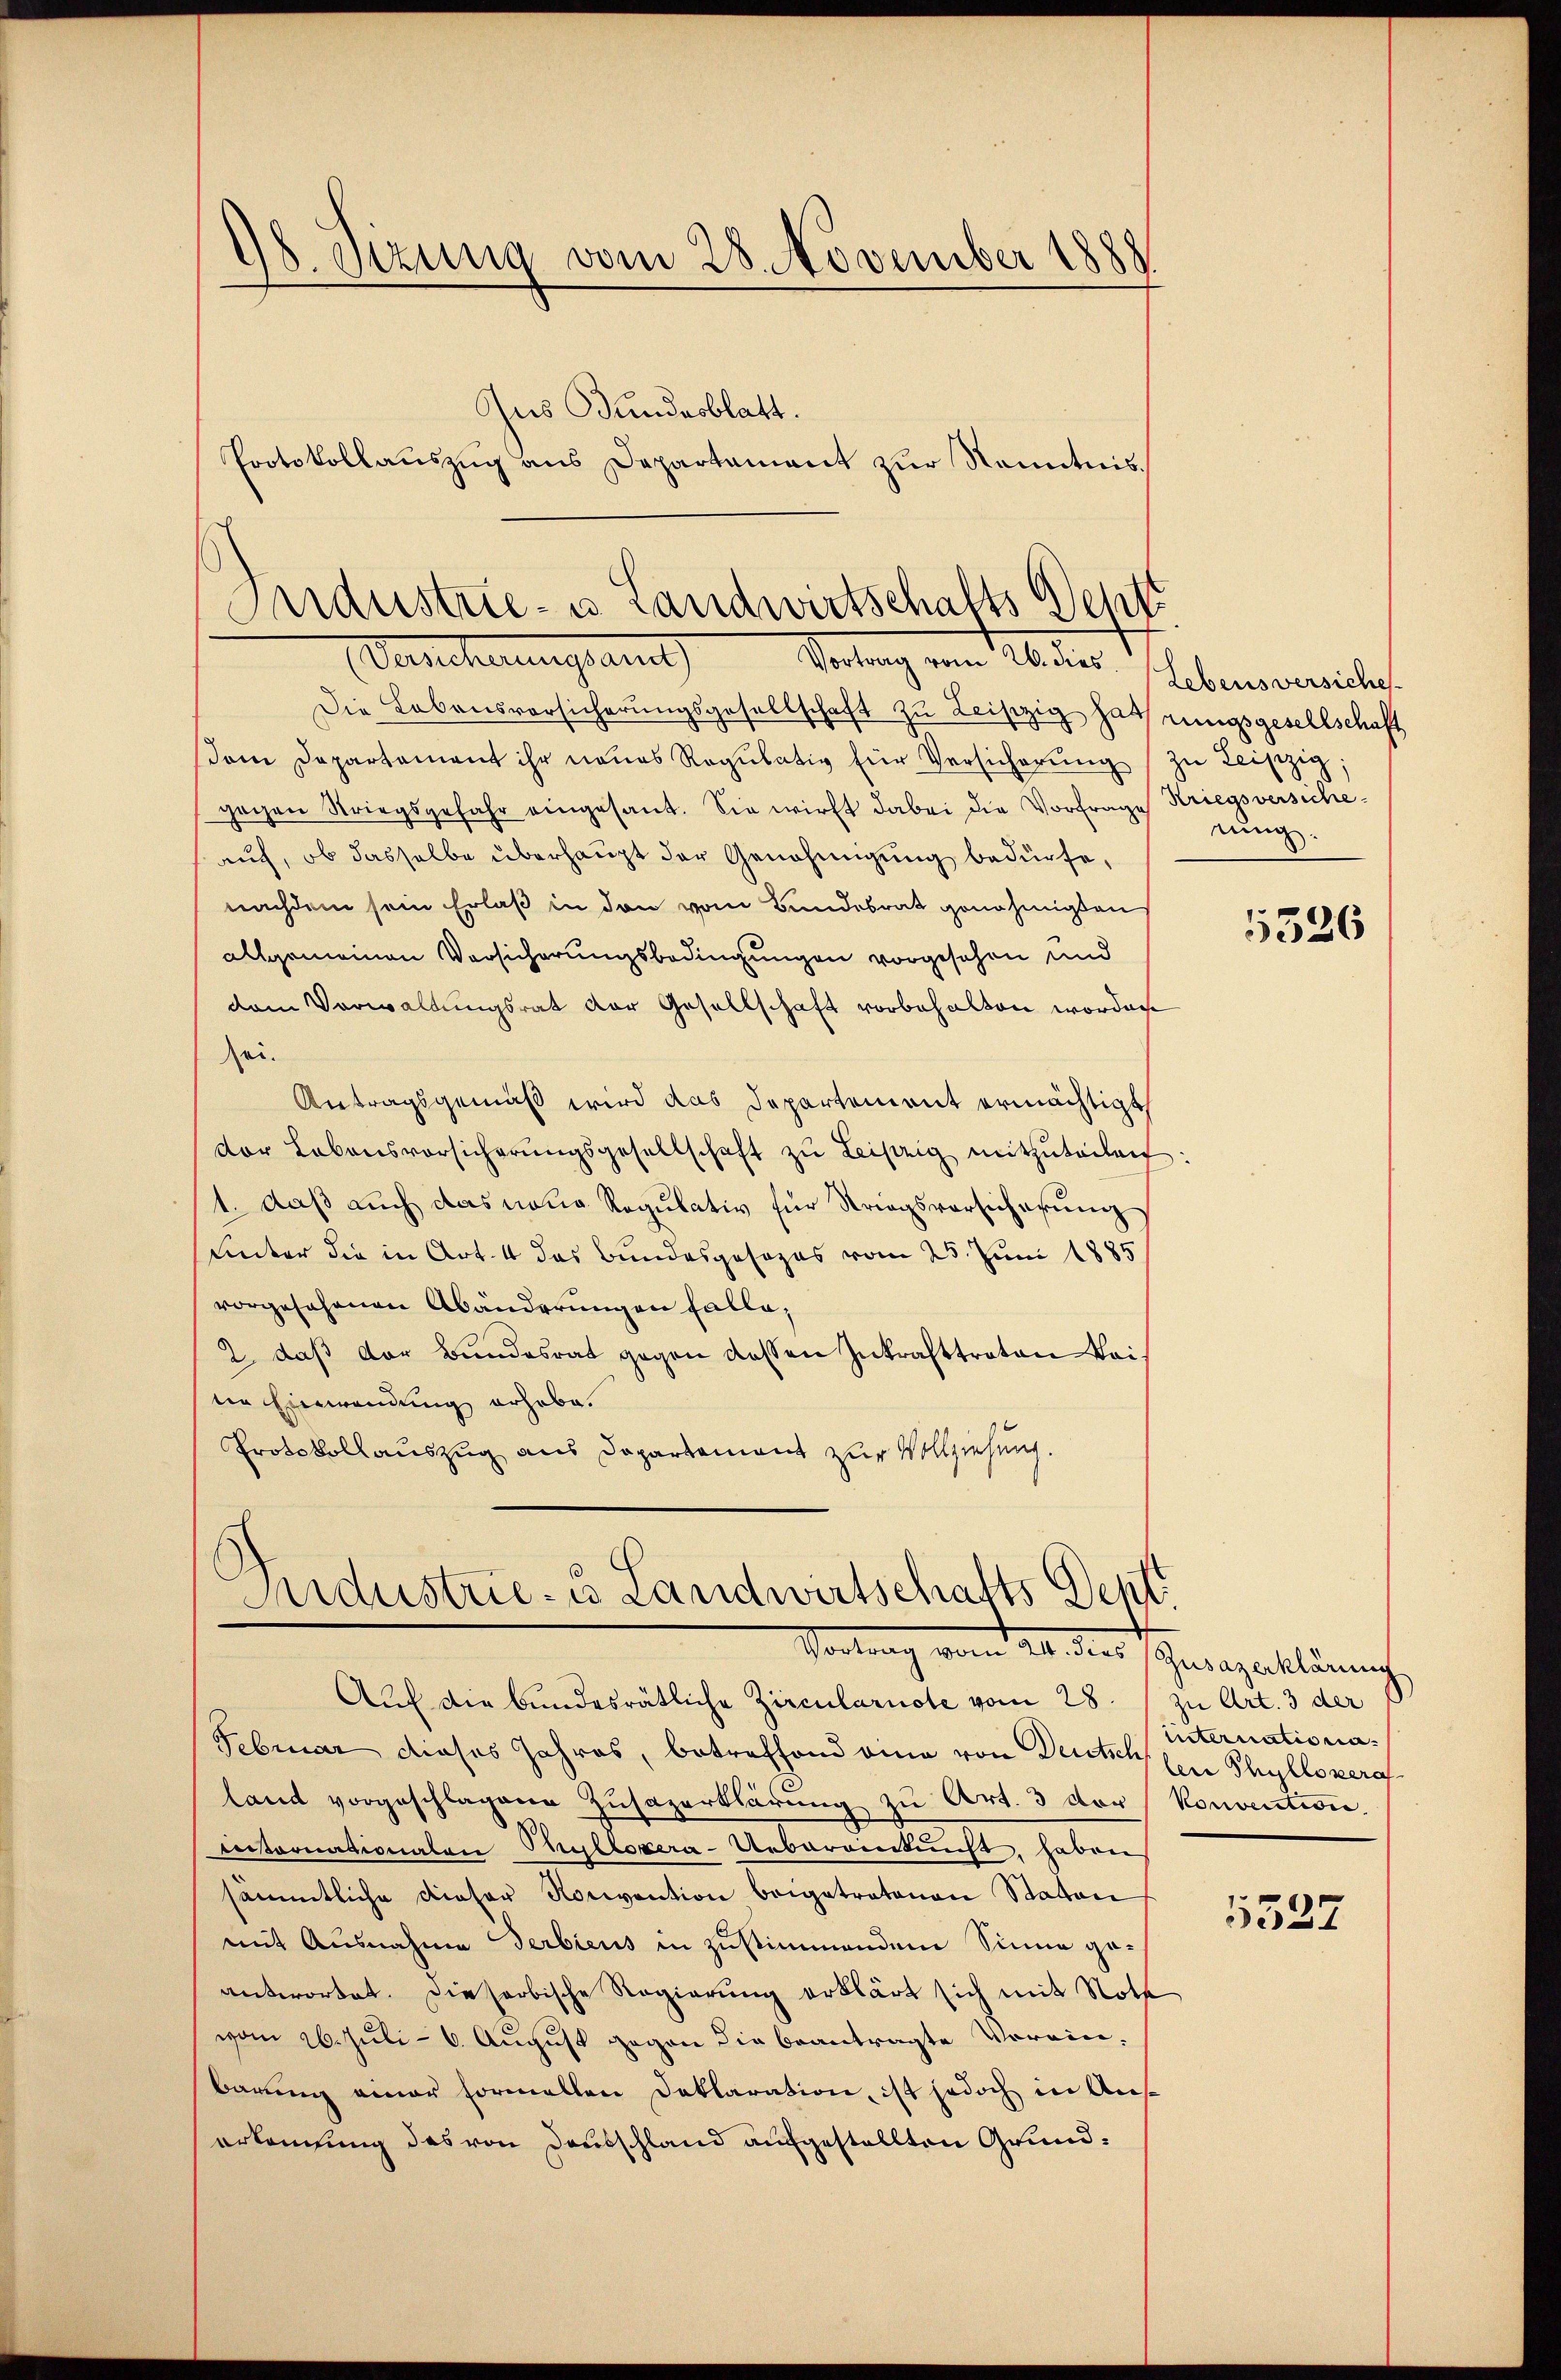
98. Enzung vom 28. November 1888
Ins Bundesblatt.
Protokollauszug aus Departament zur Kenntnis.

Industrie- u Landwirtschafts-Dent
Danechnungsang

Vortrag von Wider Lebensversichen
Die Lebensvorsicherungsgesellschaft zu Leipzig Hasserungsgesellschaft
om Departament ihr neues Regŭlativ für Versicherŭng zŭ leiszig;
gegen Striegsgefahr eingesant. Sie wirft dabei die Vorfrage Kriegsversicheauch, ob dasselbe überhaupt der Genehmigung bedürfe,
nachdem sein Erlaß in den vom Bundesrat genehmigten
allgemeinen Versicherungsbedingungen vorgesehen und
dem Verwaltungsrat der Gesellschaft vorbehalten worden
sei.
Antragsgemäß wird das Departement ermächtigt
dor Lebensvorsicherŭngsgesellschaft zŭ Leipzig mitzŭteilen:
1. daß auch das neue Regulativ für Striegsvorsicherung
Unter die in Art. 4 das Bundesgesezes vom 25. Juni 1885
vorgesehenen Abänderungen falle,
2. daβ der Bundesrat gegen dessen Inkrafttreten Weis
tin Einwendung erhabe.
Protokollauszug aus Departement zur Vollziehung.
Sndustrie- u Landwirtschafts Dept.

Vortrag vom 24. dies Grazerklärung

Auf die bundesrätliche Zirculariote vom 28. zu Art. 3 der
Februar dieses Jahres, betreffend eine von Deutsch den Phyllsvera
land vorgeschlagene Zusazerklärung zu Art. 3 der Konvention,
nitornationaten Pultozera-Ueberaintuch, haben
sämmtliche dieser Norivention beigetratonen Stator
mit Ausnahme Serbiens in zustimmendem Sinne geantwortet. Dieserbische Regierung erklärt sich mit Noth
vom 26. Juli - 6. August gegen die beantragte Vorein-
barung einer formellen Deklaration, ist jedoch in Auserkennung des von Dausschland aufgestellten Grund¬

rung.

5326

internationa

5537